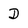
Character: D